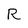
Character: R